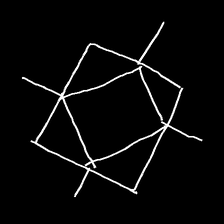
Glyph: light